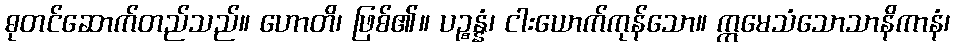
ဓုတင်ဆောက်တည်သည်။ ဟောတိ၊ ဖြစ်၏။ ပဉ္စန္နံ၊ ငါးယောက်ကုန်သော။ ဣမေသံသောသာနိကာနံ၊